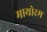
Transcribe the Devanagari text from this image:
मायोरम